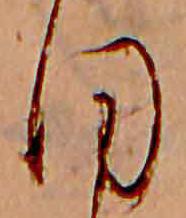
ほ